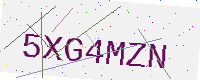
Text: 5XG4MZN